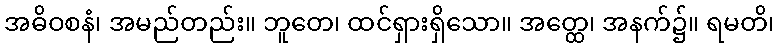
အဓိဝစနံ၊ အမည်တည်း။ ဘူတေ၊ ထင်ရှားရှိသော။ အတ္ထေ၊ အနက်၌။ ရမတိ၊